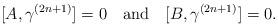
LaTeX: \begin{align*}[A,\gamma^{(2n+1)}]=0\quad\mbox{and}\quad[B,\gamma^{(2n+1)}]=0.\end{align*}